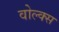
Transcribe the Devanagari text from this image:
वोल्क्स